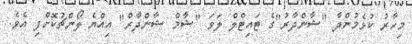
މިހާރު ކުޅެމުންދާ "ޝާންދާރު"ގެ ޓައިޓްލް ލަވަ "ޝާމް ޝާންދާރް" އިއްޔެ ލޯންޗުކޮށްފި އެވެ.